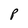
Character: p